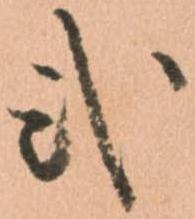
弐